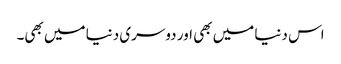
اس دنیا میں بھی اور دوسری دنیا میں بھی۔